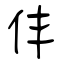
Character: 仹